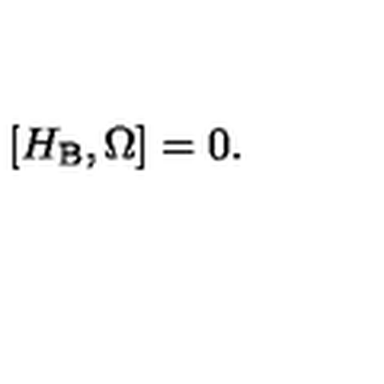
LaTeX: \left[ H _ { \mathrm { B } } , \Omega \right] = 0 .